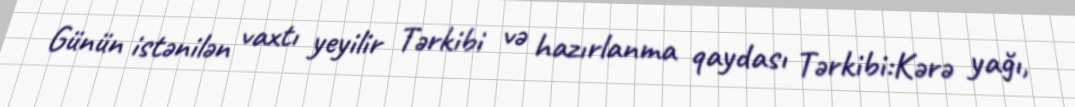
Günün istənilən vaxtı yeyilir Tərkibi və hazırlanma qaydası Tərkibi:Kərə yağı,